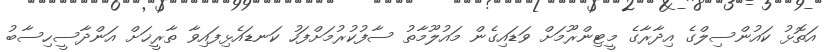
އަތޮޅު ކައުންސިލްގެ އިދާރާގެ މީޓިންރޫމަށް ވަޑައިގެން މައުލޫމާތު ސާފުކުރުމަށްފަހު ކަނޑައެޅިފައިވާ ތާރީޚަށް އަންދާސީހިސާބު